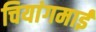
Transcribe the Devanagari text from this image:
चियांगमाई